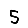
Digit: 5